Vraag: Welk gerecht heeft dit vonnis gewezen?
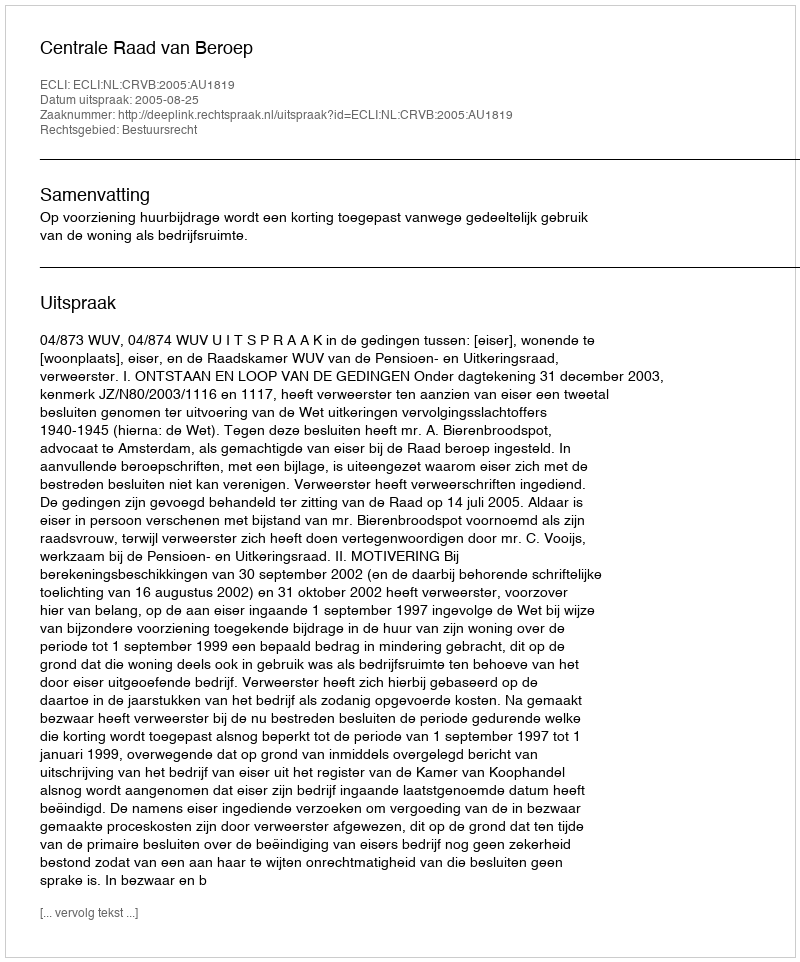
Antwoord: Centrale Raad van Beroep